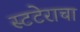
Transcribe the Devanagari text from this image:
स्टटेराचा